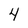
Character: 4